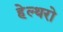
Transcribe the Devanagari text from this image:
हेल्थरो